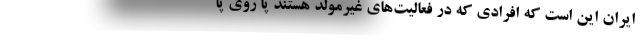
ایران این است که افرادی که در فعالیت‌های غیرمولد هستند پا روی پا